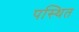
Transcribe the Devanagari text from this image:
पस्थित